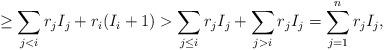
LaTeX: \begin{align*}\geq \sum_{j < i} r_jI_j + r_i(I_i + 1) > \sum_{j \leq i} r_jI_j + \sum_{j > i} r_jI_j = \sum_{j=1}^n r_jI_j,\end{align*}